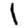
Digit: 1